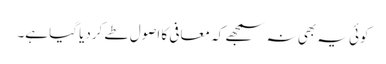
کوئی یہ بھی نہ سمجھے کہ معافی کا اصول طے کردیا گیا ہے۔